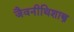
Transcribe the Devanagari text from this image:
जैवनीथिशास्त्र